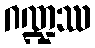
ဂဏ္ဍဿ